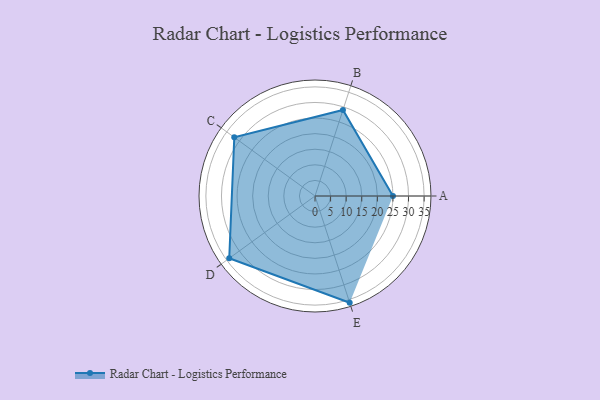
{"axis": {"x": "Skill", "y": "Score"}, "legend": ["Profile"], "data": [{"x": "A", "y": 25.0, "type": "Profile"}, {"x": "B", "y": 29.0, "type": "Profile"}, {"x": "C", "y": 32.0, "type": "Profile"}, {"x": "D", "y": 34.0, "type": "Profile"}, {"x": "E", "y": 36.0, "type": "Profile"}]}